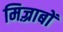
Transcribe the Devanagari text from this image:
मिज़्राबों